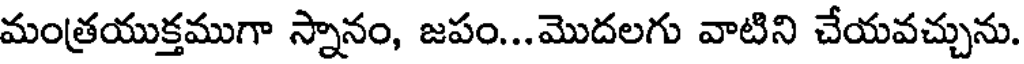
మంత్రయుక్తముగా స్నానం, జపం...మొదలగు వాటిని చేయవచ్చును.